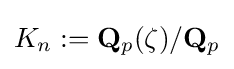
K_{n}:=\mathbf {Q} _{p}(\zeta )/\mathbf {Q} _{p}